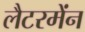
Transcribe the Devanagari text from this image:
लैटरमेंन